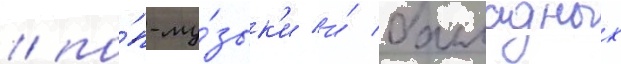
/ по́п-му́зык'и и́ балладных